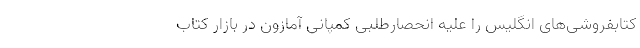
کتابفروشی‌های انگلیس را علیه انحصارطلبی کمپانی آمازون در بازار کتاب